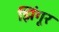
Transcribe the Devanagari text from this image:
झिंगूर